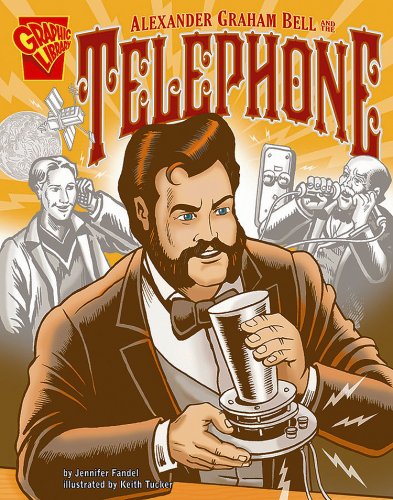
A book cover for Alexander Graham Bell and the Telephone (Inventions and Discovery); Jennifer Fandel; Children's Books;